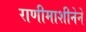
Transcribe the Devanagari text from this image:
राणीमाशीनेने